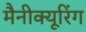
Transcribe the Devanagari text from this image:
मैनीक्यूरिंग